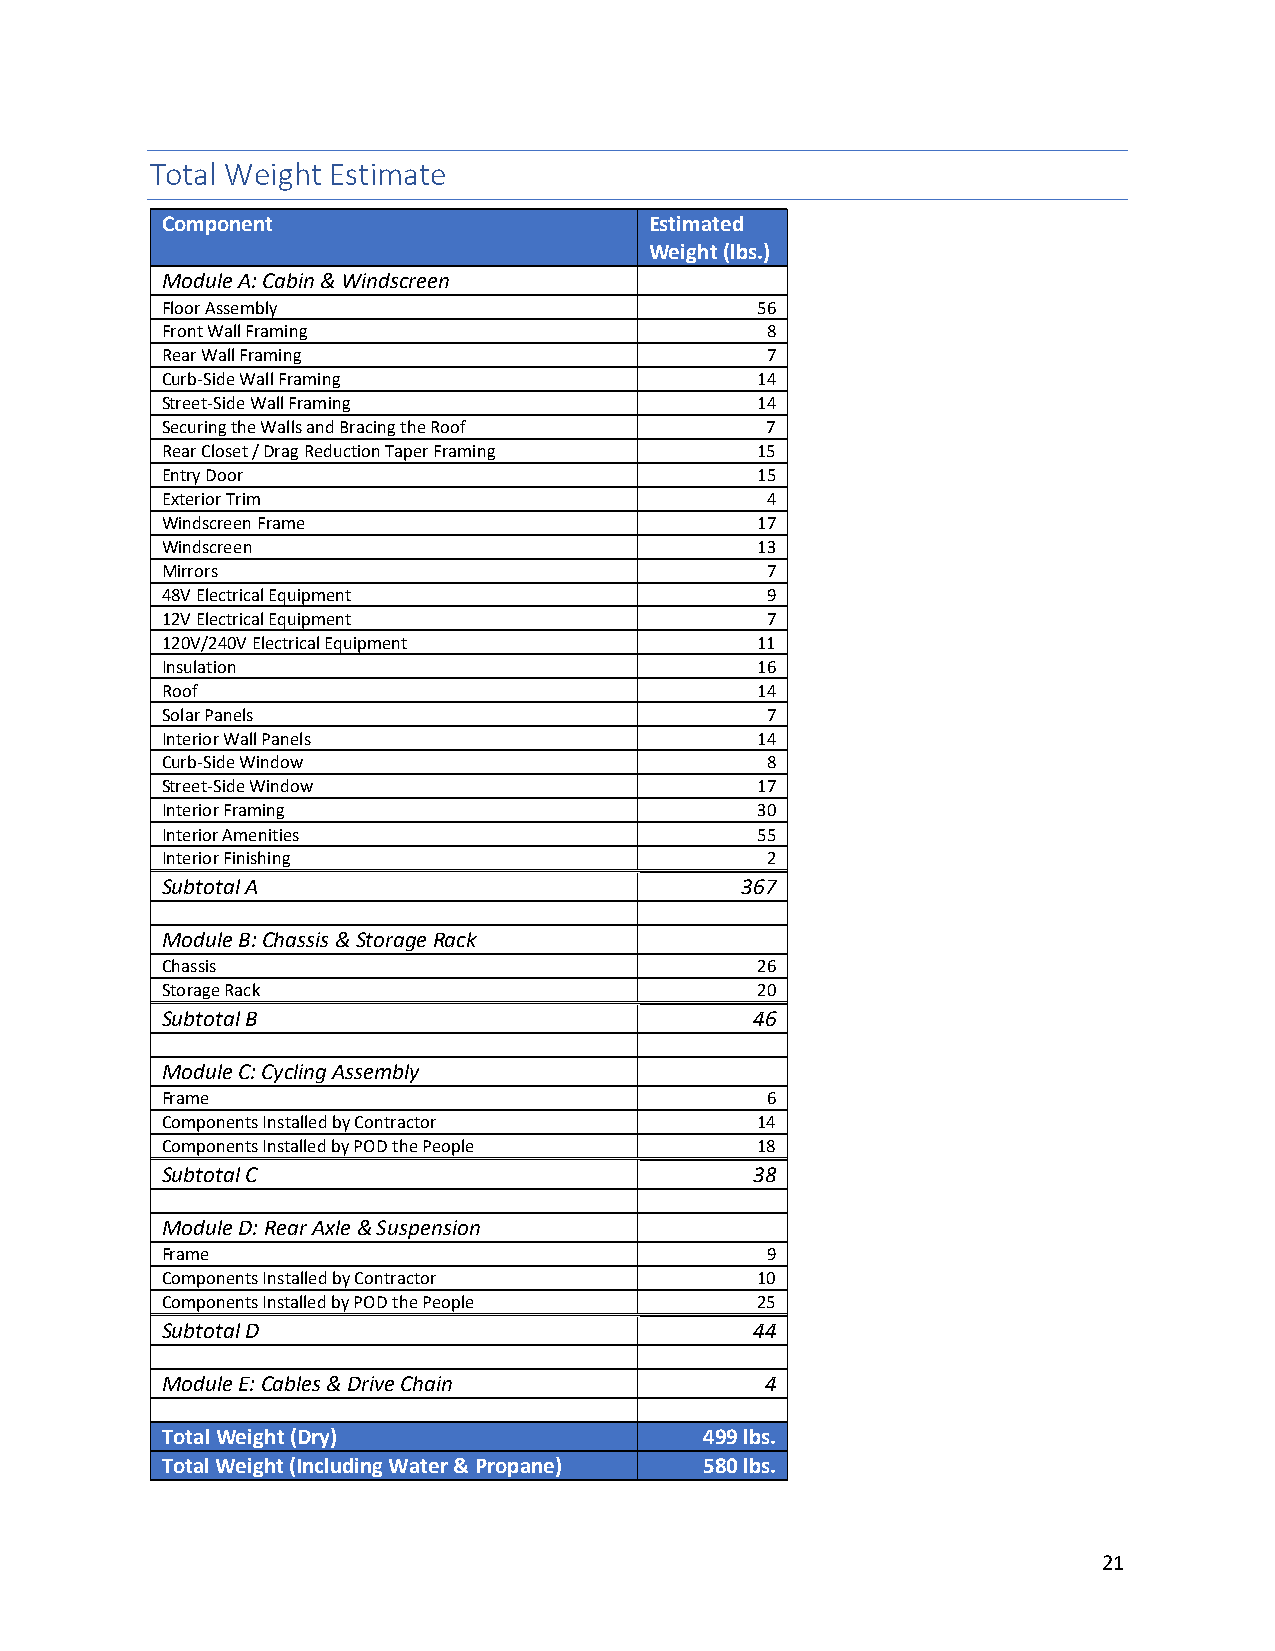
Total Weight Estimate
 Component                       Estimated
 Weight (lbs.)
 Module A: Cabin & Windscreen
 Floor Assembly                         56
 Front Wall Framing                      8
 Rear Wall Framing                       7
 Curb-Side Wall Framing                 14
 Street-Side Wall Framing               14
 Securing the Walls and Bracing the Roof 7
 Rear Closet / Drag Reduction Taper Framing 15
 Entry Door                             15
 Exterior Trim                           4
 Windscreen Frame                       17
 Windscreen                             13
 Mirrors                                 7
 48V Electrical Equipment                9
 12V Electrical Equipment                7
 120V/240V Electrical Equipment         11
 Insulation                             16
 Roof                                   14
 Solar Panels                            7
 Interior Wall Panels                   14
 Curb-Side Window                        8
 Street-Side Window                     17
 Interior Framing                       30
 Interior Amenities                     55
 Interior Finishing                      2
 Subtotal A                            367
 Module B: Chassis & Storage Rack
 Chassis                                26
 Storage Rack                           20
 Subtotal B                             46
 Module C: Cycling Assembly
 Frame                                   6
 Components Installed by Contractor     14
 Components Installed by POD the People 18
 Subtotal C                             38
 Module D: Rear Axle & Suspension
 Frame                                   9
 Components Installed by Contractor     10
 Components Installed by POD the People 25
 Subtotal D                             44
 Module E: Cables & Drive Chain          4
 Total Weight (Dry)                  499 lbs.
 Total Weight (Including Water & Propane) 580 lbs.
 21